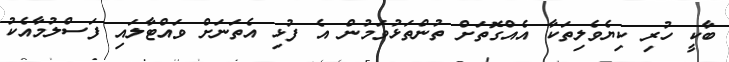
ބާކީ ހުރި ކިޔެވެލިތަކާ އެއްގޮތަށް ތުންތަޅުވަމުން އެ ފުޅި އެތަނަށް ވައްޓާލައި ފަސްލުމާއެކު